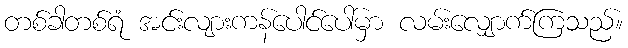
တစ်ခါတစ်ရံ အင်းလျားကန်ပေါင်ပေါ်မှာ လမ်းလျှောက်ကြသည်။